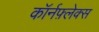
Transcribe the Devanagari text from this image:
कॉर्नफ़्लेक्स